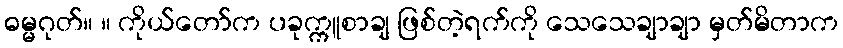
ဓမ္မဂုတ်။ ။ ကိုယ်တော်က ပခုက္ကူစာချ ဖြစ်တဲ့ရက်ကို သေသေချာချာ မှတ်မိတာက